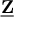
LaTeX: \underline { { \mathbf { Z } } }